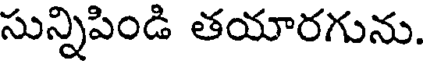
సున్నిపిండి తయారగును.